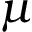
\mu